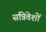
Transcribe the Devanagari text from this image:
सन्निवेशों